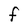
Character: F